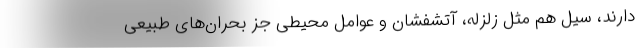
دارند، سیل هم مثل زلزله، آتشفشان و عوامل محیطی جز بحران‌های طبیعی